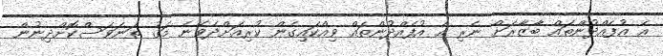
އެ އުފެއްދުންތައް ބާޒާރަށް ނެރި އެ އުފެއްދުންތައް ވިއްކައިގެން ކުރިއަށްދެވޭނެ މަގު ތަނަވަސްކޮށްދިނުން